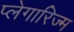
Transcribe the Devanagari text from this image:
प्लेगारिज्म